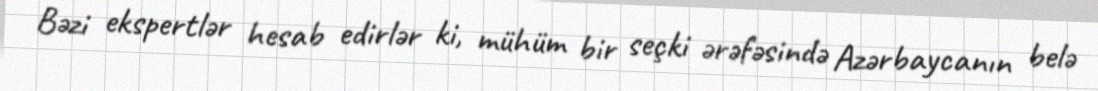
Bəzi ekspertlər hesab edirlər ki, mühüm bir seçki ərəfəsində Azərbaycanın belə